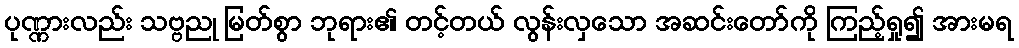
ပုဏ္ဏားလည်း သဗ္ဗညု မြတ်စွာ ဘုရား၏ တင့်တယ် လွန်းလှသော အဆင်းတော်ကို ကြည့်ရှု၍ အားမရ